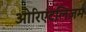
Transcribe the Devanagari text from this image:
ओरिएंटलिज़म